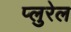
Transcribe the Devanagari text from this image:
प्लुरेल